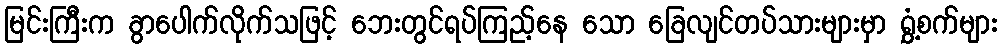
မြင်းကြီးက ခွာပေါက်လိုက်သဖြင့် ဘေးတွင်ရပ်ကြည့်နေ သော ခြေလျင်တပ်သားများမှာ ရွှံ့စက်များ